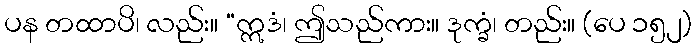
ပန တထာပိ၊ လည်း။ “ဣဒံ၊ ဤသည်ကား။ ဒုက္ခံ၊ တည်း။ (ပေ ၁၅၂)